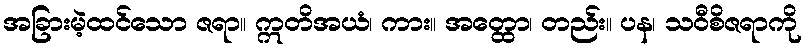
အခြားမဲ့ထင်သော ဇရာ။ ဣတိအယံ၊ ကား။ အတ္ထော၊ တည်း။ ပန၊ သဝီစိဇရာကို